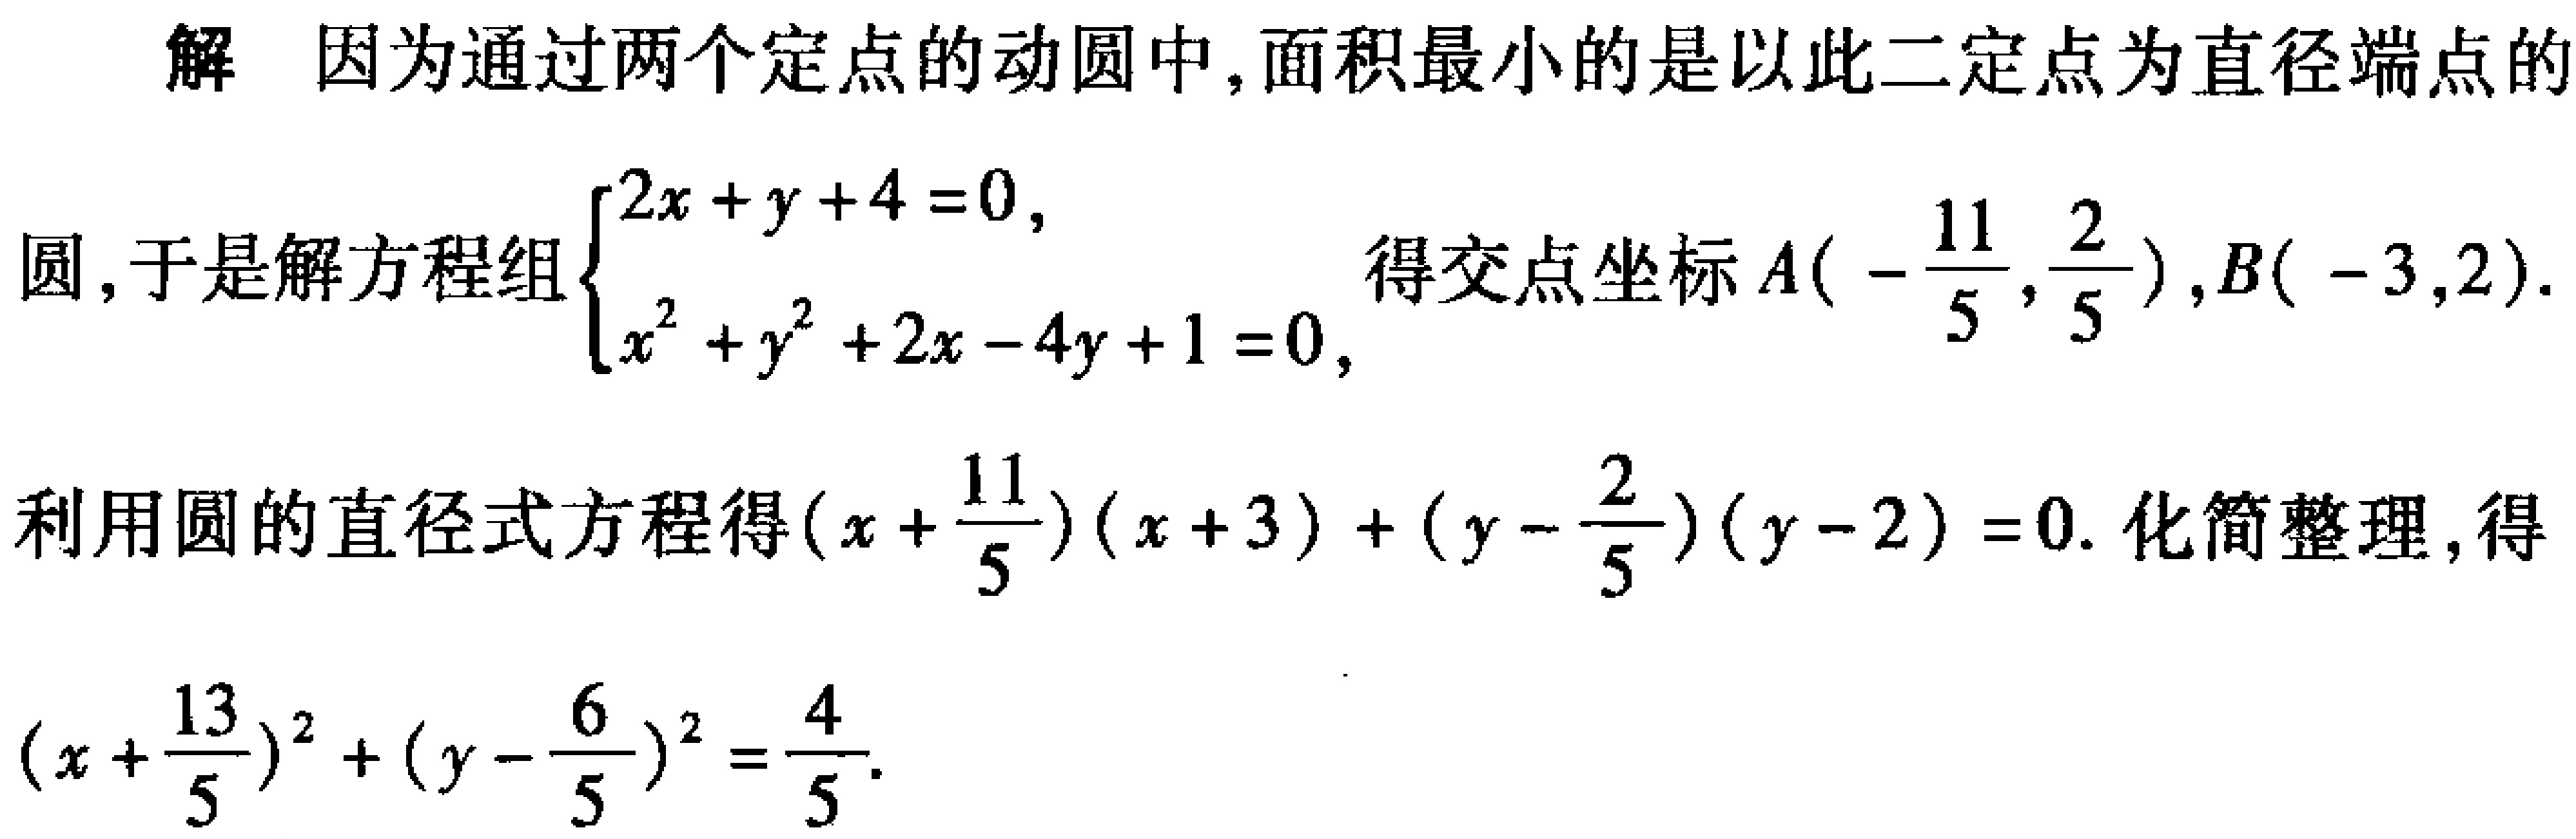
解 因为通过两个定点的动圆中,面积最小的是以此二定点为直径端点的
圆,于是解方程组$\begin{cases}2x + y + 4 = 0,\\x^{2} + y^{2} + 2x - 4y + 1 = 0,\end{cases}$得交点坐标$A(-\frac{11}{5},\frac{2}{5}),B(-3,2)$.
利用圆的直径式方程得$(x + \frac{11}{5})(x + 3)+(y - \frac{2}{5})(y - 2)=0$. 化简整理,得
$(x+\frac{13}{5})^{2}+(y - \frac{6}{5})^{2}=\frac{4}{5}$.